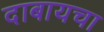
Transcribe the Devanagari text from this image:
दाबायचा